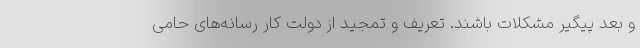
و بعد پیگیر مشکلات باشند. تعریف و تمجید از دولت کار رسانه‌های حامی